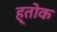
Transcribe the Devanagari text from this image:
ह्तोक